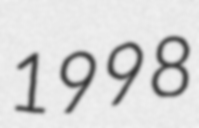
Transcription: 1998